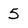
Character: 5